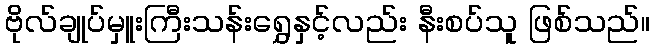
ဗိုလ်ချုပ်မှူးကြီးသန်းရွှေနှင့်လည်း နီးစပ်သူ ဖြစ်သည်။